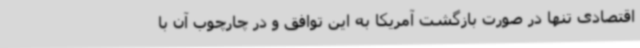
اقتصادی تنها در صورت بازگشت آمریکا به این توافق و در چارچوب آن با